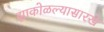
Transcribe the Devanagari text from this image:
झाकोळल्यासारखे